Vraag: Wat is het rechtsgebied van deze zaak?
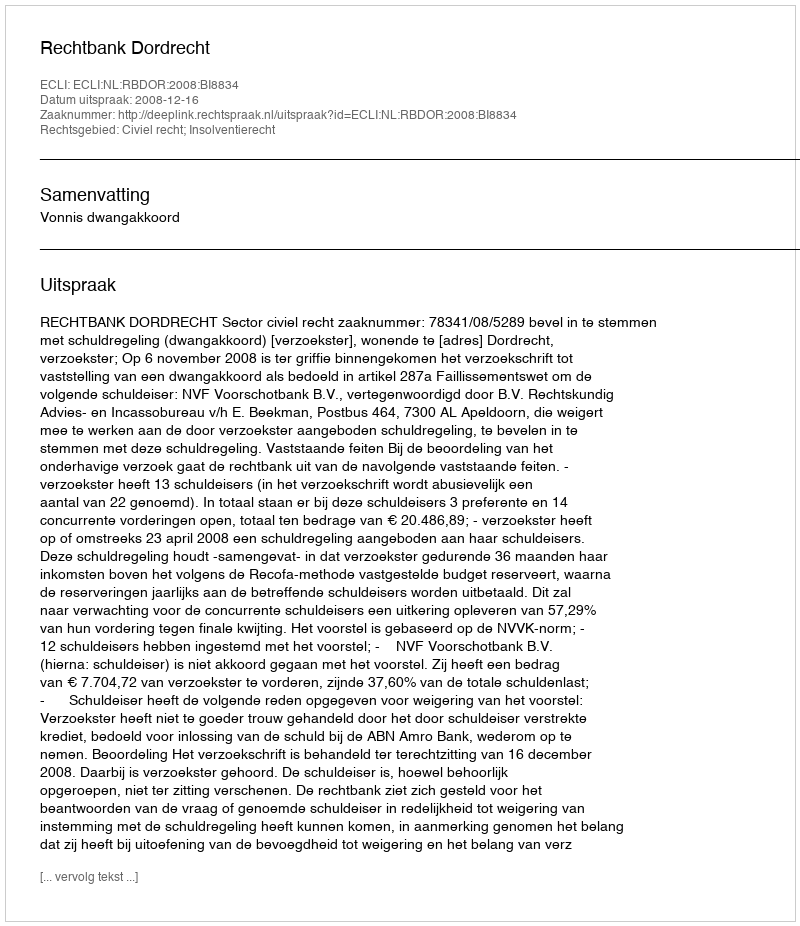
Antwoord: Civiel recht; Insolventierecht